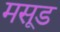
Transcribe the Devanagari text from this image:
मसूड